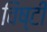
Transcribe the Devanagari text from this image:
विष्टी